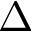
\Delta